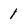
Character: 1